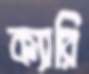
ক্যারি